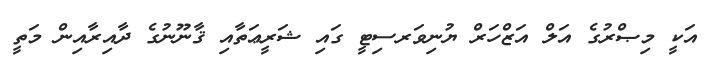
އަކީ މިޞްރުގެ އަލް އަޒްހަރް ޔުނިވަރސިޓީ ގައި ޝަރީޢަތާއި ޤާނޫނުގެ ދާއިރާއިން މަތީ